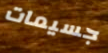
جسيمات